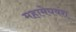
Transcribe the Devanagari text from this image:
महामेघवंश